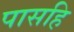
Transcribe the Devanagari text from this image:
पासहि